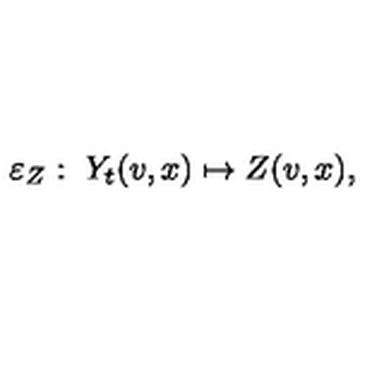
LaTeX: \varepsilon _ { Z } : \ Y _ { t } ( v , x ) \mapsto Z ( v , x ) ,